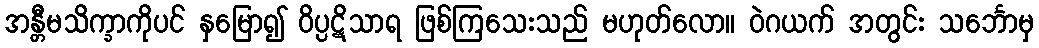
အန္တီမသိက္ခာကိုပင် နှမြော၍ ဝိပ္ပဋိသာရ ဖြစ်ကြသေးသည် မဟုတ်လော။ ဝဲဂယက် အတွင်း သင်္ဘောမှ